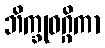
ဘိက္ခုဝဂ္ဂိကာ